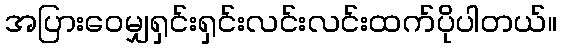
အပြားဝေမျှရှင်းရှင်းလင်းလင်းထက်ပိုပါတယ်။